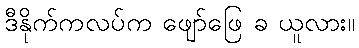
ဒီနိုက်ကလပ်က ဖျော်ဖြေ ခ ယူလား။